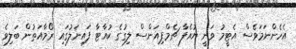
އެހެންނަމަވެސް އެޓީމު ވަނީ ޔުއެފާ ޗެމްޕިއަންސް ލިގުގެ ކުއާޓާ ފައިނަލުގައި ރޯމާއަތުން ބަލިވެ